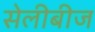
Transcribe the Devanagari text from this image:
सेलीबीज